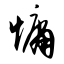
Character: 慵